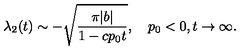
\lambda _ { 2 } ( t ) \sim - \sqrt { \frac { \pi | b | } { 1 - c p _ { 0 } t } } , \quad p _ { 0 } < 0 , t \to \infty .